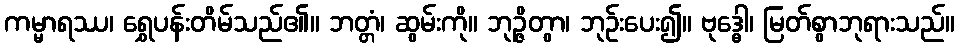
ကမ္မာရဿ၊ ရွှေပန်းတိမ်သည်၏။ ဘတ္တံ၊ ဆွမ်းကို။ ဘုဉ္ဇိတွာ၊ ဘုဉ်းပေး၍။ ဗုဒ္ဓေါ၊ မြတ်စွာဘုရားသည်။